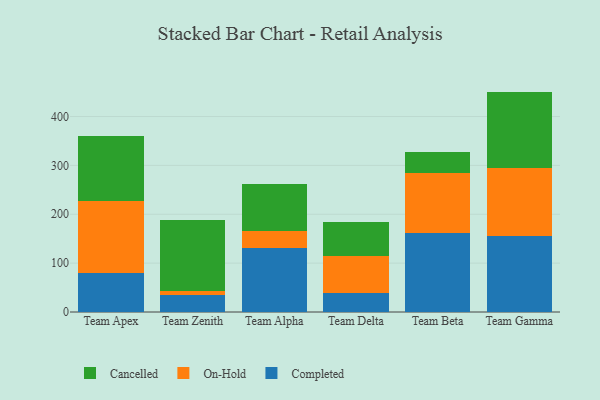
{"axis": {"x": "Team", "y": "Gross Profit (USD K)"}, "legend": ["Cancelled", "Completed", "On-Hold"], "data": [{"x": "Team Apex", "y": 79.4, "type": "Completed"}, {"x": "Team Apex", "y": 148.1, "type": "On-Hold"}, {"x": "Team Apex", "y": 133.4, "type": "Cancelled"}, {"x": "Team Zenith", "y": 34.1, "type": "Completed"}, {"x": "Team Zenith", "y": 8.6, "type": "On-Hold"}, {"x": "Team Zenith", "y": 145.2, "type": "Cancelled"}, {"x": "Team Alpha", "y": 131.8, "type": "Completed"}, {"x": "Team Alpha", "y": 33.2, "type": "On-Hold"}, {"x": "Team Alpha", "y": 96.1, "type": "Cancelled"}, {"x": "Team Delta", "y": 38.2, "type": "Completed"}, {"x": "Team Delta", "y": 76.5, "type": "On-Hold"}, {"x": "Team Delta", "y": 70.1, "type": "Cancelled"}, {"x": "Team Beta", "y": 161.4, "type": "Completed"}, {"x": "Team Beta", "y": 123.1, "type": "On-Hold"}, {"x": "Team Beta", "y": 42.7, "type": "Cancelled"}, {"x": "Team Gamma", "y": 155.7, "type": "Completed"}, {"x": "Team Gamma", "y": 138.9, "type": "On-Hold"}, {"x": "Team Gamma", "y": 156.4, "type": "Cancelled"}]}